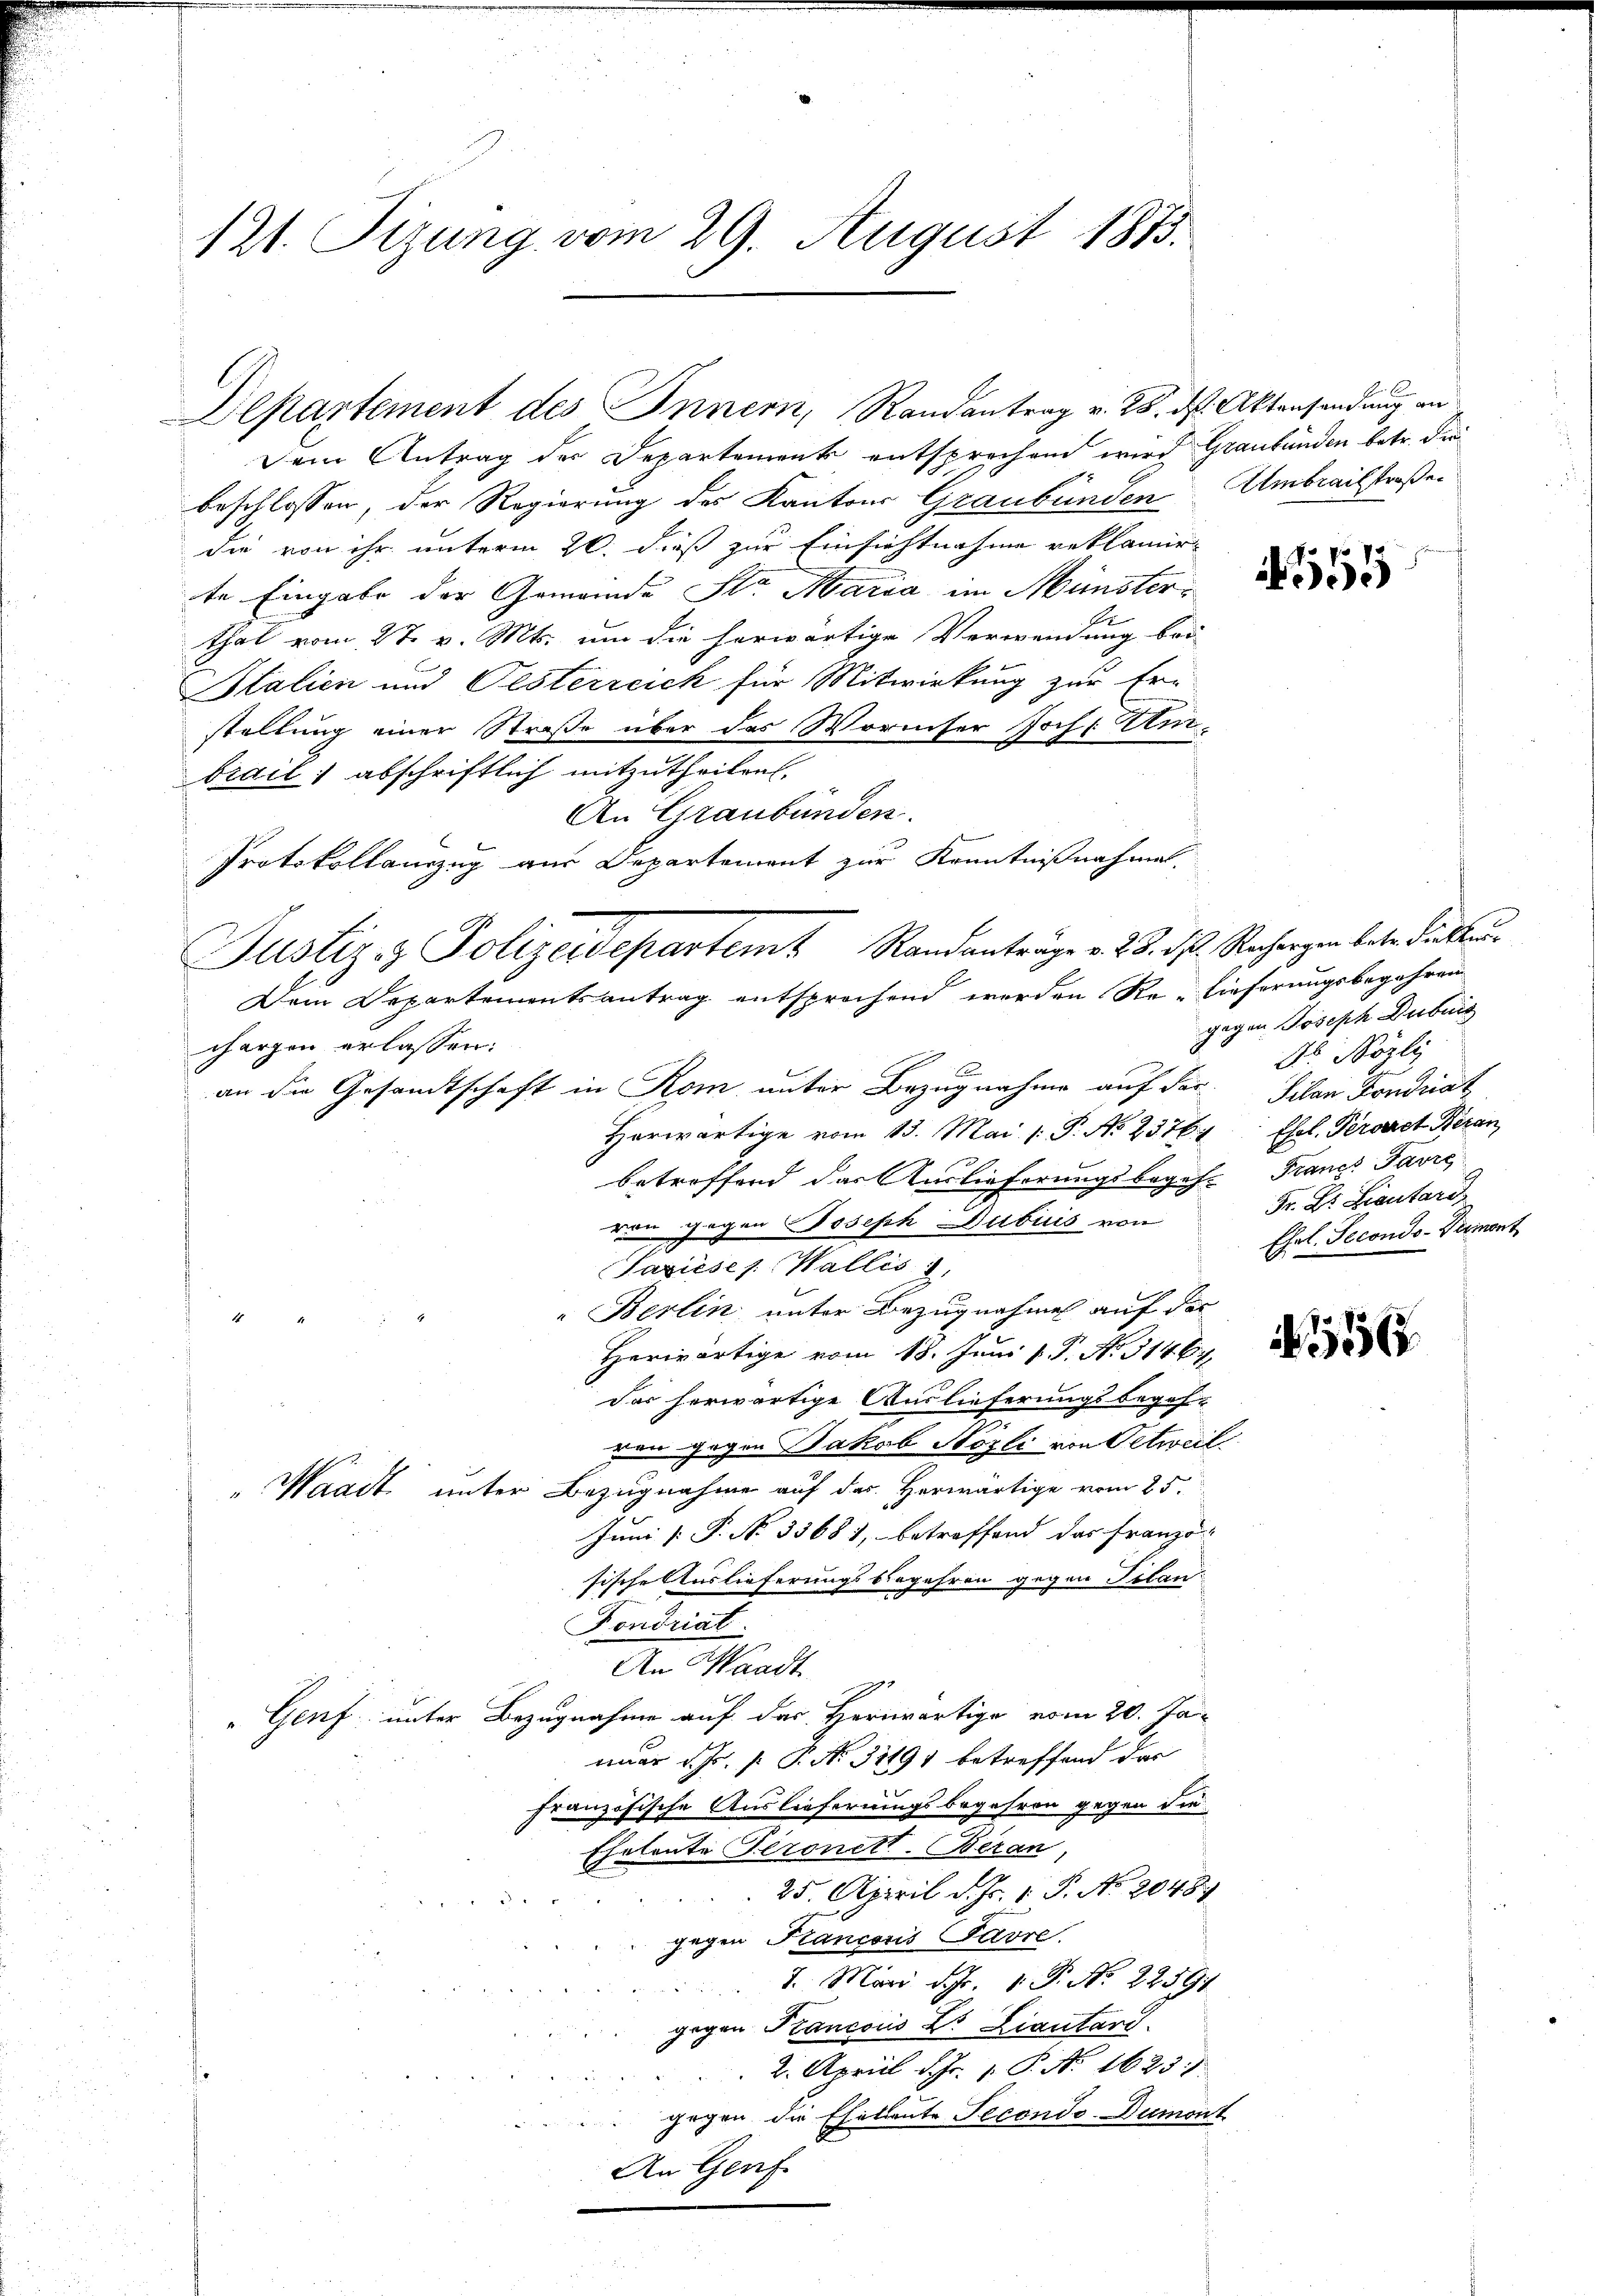
121. Fizung vom 29. August 1873.

Departement des Innern, Randantrag v. 28. ds. Aktensendung an

Dem Antrag der Departemente entsprechen wird Graubünden betr. die
beschlossen, der Regierung des Kantons Graubünden Umbrailstraße
die von ihr unterm 20. dieß zur Einsichtnahme reklamir
te Eingabe der Gemeinde Str. Maria im Münsterthal vom 27. v. Mts. um die herwärtige Verwendung bei-
Italien und Oesterreich für Mitwirkung zur Er-
stellung einer Straße über das Wormser Joch: Ambrail: abschriftlich mitzutheilen,
An Graubünden.
Protokollanzug aus Departement zur Kenntnißnahmel,
chargen erlassen:
an die Gesandtschaft in Rom unter Bezugnahme auf der Dr Nözly
Horwärtige vom 13. Mai / P. No 23761 Esel. Peraret Heran
betreffend das Auslieferungsbogef. Franz Favre
von gegen Joseph Dubuis von
Sasieses Wallis,
"Berlin unter Bezugnahme auf der
Herwärtige vom 18. Juni v. P. N. 31464,
das herwärtige Auslieferungsbegehven gegen Jakob Nözli von Oetweil.
" Waadt unter Bezugnahme auf des Herwärtige vom 25.
Juni [ P. No 33681, betreffend das Franzö-
sische Auslieferungsbegehren gegen Filan
Fondriat
An Waadt
" Genf unter Bezugnahme auf des Herwärtige vom 20. Ja-
nuar d. Js. f. P. Nr. 31491 betreffend das
französische Auslieferungsbegehren gegen die
Eheleute Peronett. Beran,
25. April d. Js. 1. P. No. 2048
gegen Francoris Favre
7. Mari d. Js. 1. P. Nr. 22591
gegen Francois Dr. Liautand.
2. April d. Js. 1. P. Nr. 1623.
gegen die Ehetente Secondo-Dumont
An Genf.

Justiz & Polizeidepartem Randanträge v. 2. 3. d. Rechargen betr. die klu¬
Dem Departementsantrag entsprechend werden Relieferungsbegehren

555

gegen Joseph Dübrig
Silan Fondrat
Fr. Dr. Lieutard
Ehel. Secondo-Vermont

1556